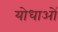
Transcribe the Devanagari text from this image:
योधाओं